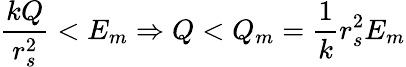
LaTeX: \frac{kQ}{r_{s}^{2}}<E_{m}\Rightarrow Q<Q_{m}=\frac{1}{k}r_{s}^{2}E_{m}